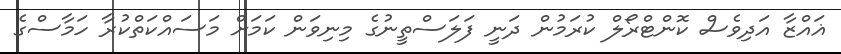
ޣައްޒާ އަދިވެސް ކޮންޓްރޯލް ކުރަމުން ދަނީ ފަލަސްތީނުގެ މިނިވަން ކަމަށް މަސައްކަތްކުރާ ހަމާސްގެ